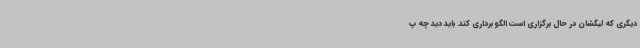
دیگری که لیگشان در حال برگزاری است الگو برداری کند. باید دید چه پ